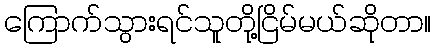
ကြောက်သွားရင်သူတို့ငြိမ်မယ်ဆိုတာ။